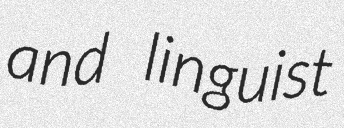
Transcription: and linguist